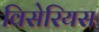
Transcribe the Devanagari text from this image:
विसेरियस